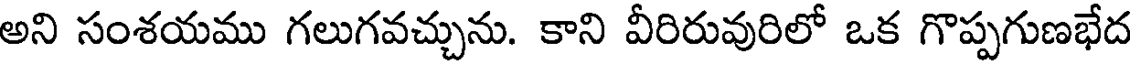
అని సంశయము గలుగవచ్చును. కాని వీరిరువురిలో ఒక గొప్పగుణభేద